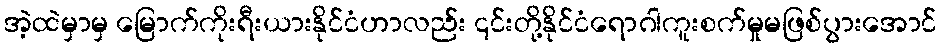
အဲ့ထဲမှာမှ မြောက်ကိုးရီးယားနိုင်ငံဟာလည်း ၎င်းတို့နိုင်ငံရောဂါကူးစက်မှုမဖြစ်ပွားအောင်